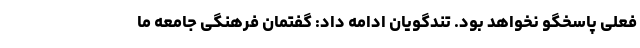
فعلی پاسخگو نخواهد بود. تندگویان ادامه داد: گفتمان فرهنگی جامعه ما